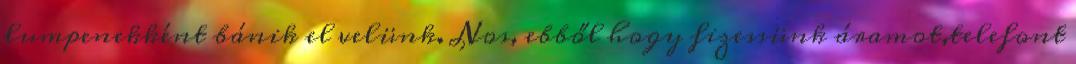
lumpenekként bánik el velünk. Nos, ebből hogy fizessünk áramot,telefont